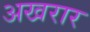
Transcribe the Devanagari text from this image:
अखरार